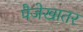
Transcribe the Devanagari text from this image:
पैजेखातर